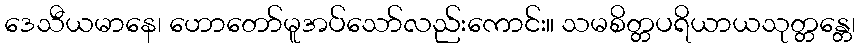
ဒေသီယမာနေ၊ ဟောတော်မူအပ်သော်လည်းကောင်း။ သမစိတ္တပရိယာယသုတ္တန္တေ၊